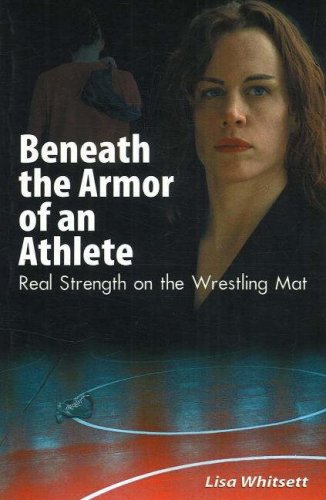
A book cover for Beneath the Armor of an Athlete: Real Strength on the Wrestling Mat; Lisa Whitsett; Sports & Outdoors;